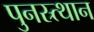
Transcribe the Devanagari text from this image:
पुनस्र्त्थान